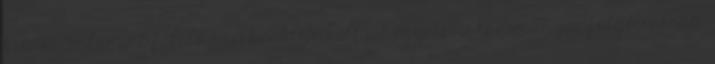
kiadót, valamint felelő szerkesztője volt az egyetemi tudományos folyóiratnak.